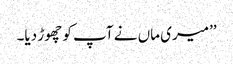
’’میری ماں نے آپ کو چھوڑ دیا۔